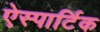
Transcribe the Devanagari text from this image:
ऐस्पार्टिक